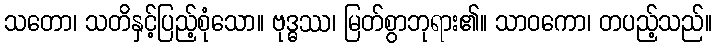
သတော၊ သတိနှင့်ပြည့်စုံသော။ ဗုဒ္ဓဿ၊ မြတ်စွာဘုရား၏။ သာဝကော၊ တပည့်သည်။